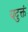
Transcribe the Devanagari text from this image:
यदुक्तं